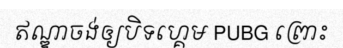
ឥណ្ឌាចង់ឲ្យបិទហ្គេម PUBG ព្រោះ